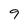
Character: 9